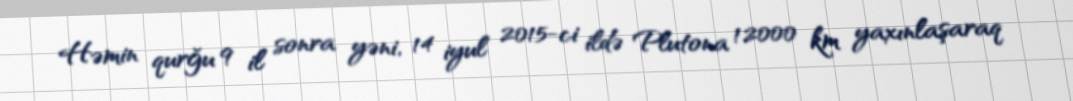
Həmin qurğu 9 il sonra yəni, 14 iyul 2015-ci ildə Plutona 12000 km yaxınlaşaraq